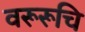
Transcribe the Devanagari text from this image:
वरूरूचि